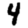
Digit: 4